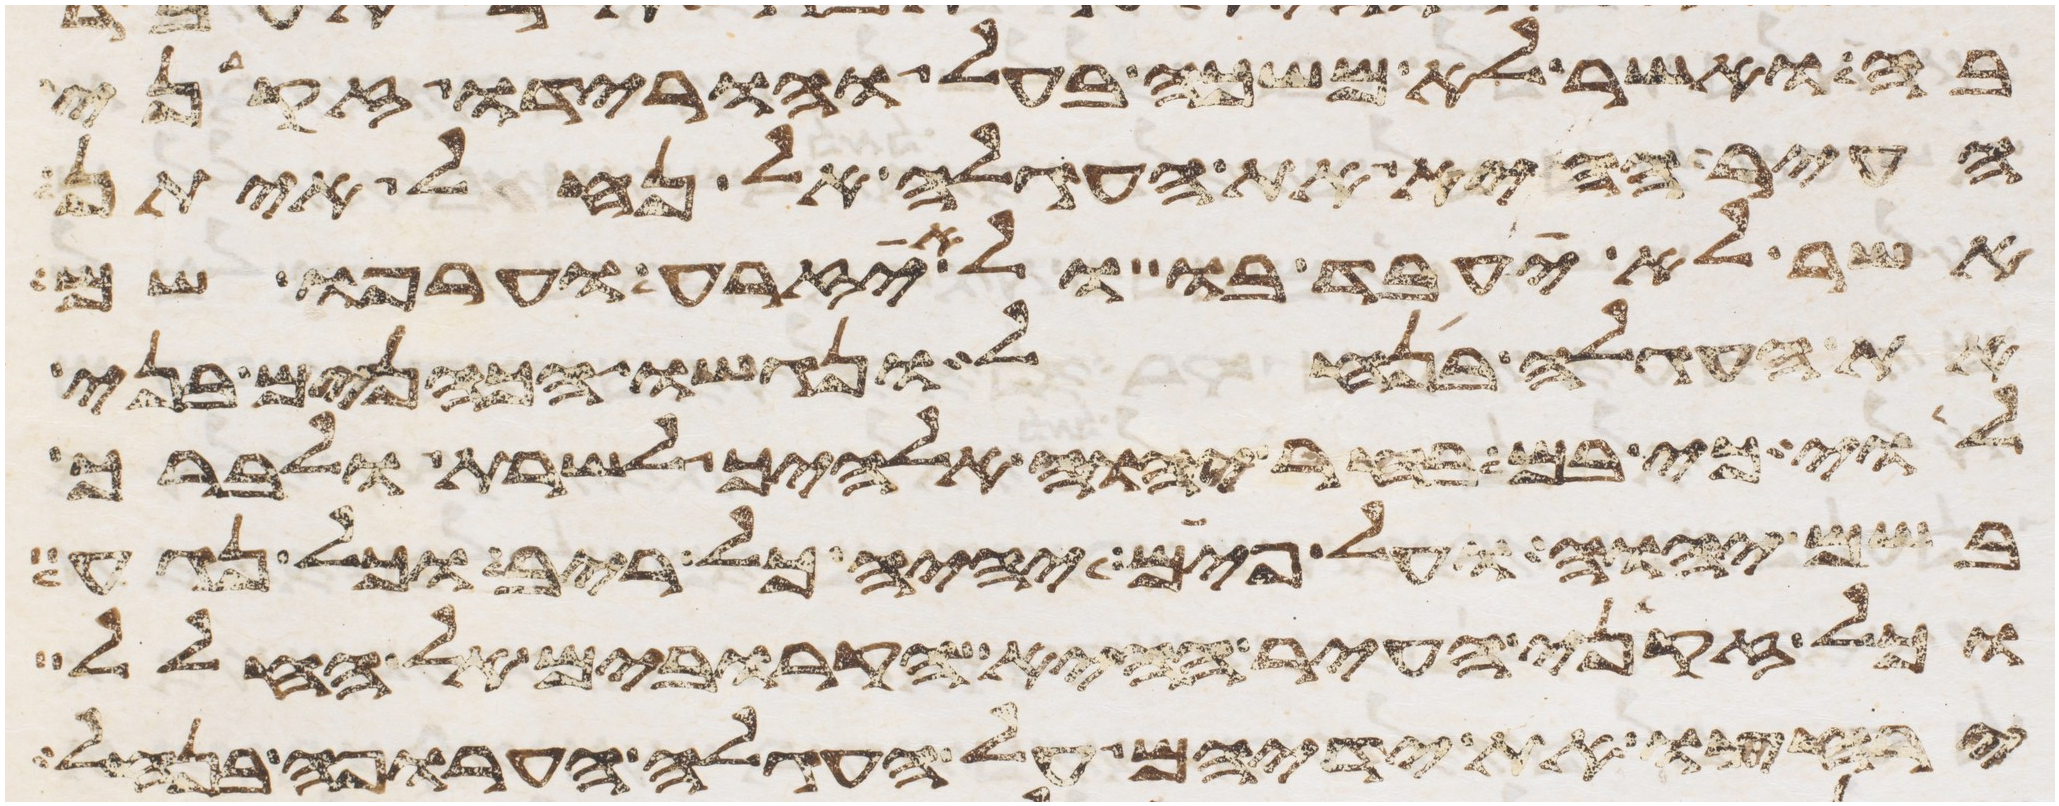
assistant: בה ואשר לא משכה בעל והורידו זקני
העיר ההיא את העגלה אל נחל איתן
אשר לא יעבד בו ולא יזרע וערפו שם
את העגלה בנחל ונגשו הכהנים בני
לוי כי בם בחר יהוה אלהיך לשרת ולברך
בשם יהוה ועל פים יהיה כל ריב וכל נגע
וכל זקני העיר הקרובים אל החלל
ירחצו את ידיהם על העגלה הערופה בנחל